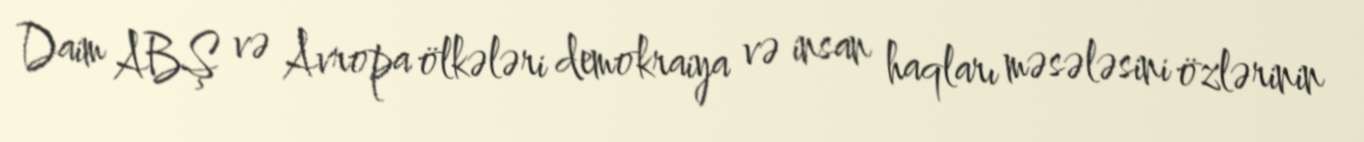
Daim ABŞ və Avropa ölkələri demokraiya və insan haqları məsələsini özlərinin